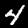
Label: 4